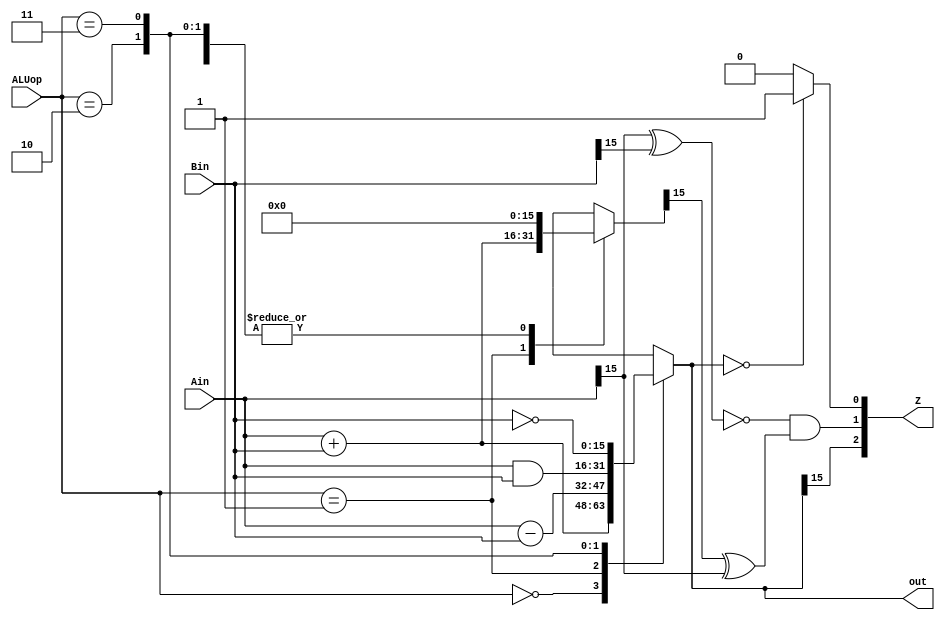
module ALU(Ain,Bin,ALUop,out,Z);
    input [15:0] Ain, Bin;
    input [1:0] ALUop;
    output [15:0] out;
    output [2:0] Z;
    
    reg [15:0] out,out1;
    // reg [2:0] Z;

    always @* begin
        case (ALUop)
            2'b00 : begin 
                out = Ain + Bin;//Addition
                
                out1 = 16'b0;
                // Z = Z;
            end
            
            2'b01 : begin
                out = Ain - Bin;
                out1 = Ain + Bin;
                
            end //Subtraction
            
            2'b10 : begin
                
                out1 = 16'b0;
                out = Ain & Bin;//ANDing
                // Z = Z;
            end
        
            2'b11 : begin 
                
                out1 = 16'b0;
                out = ~Bin; //Not Bin
                // Z = Z;
            end
            
            default: begin 
                
                out1 = 16'bx;
                out = 16'bxxxxxxxxxxxxxxxx;
                
            end
        endcase
    end
    
    assign Z[0] = (out == 16'b0)? 1 : 0;//Z checks whether output is 16'b0
    assign Z[1] = (~(Ain[15]^Bin[15]) & (out1[15]^Ain[15]));//check overflow
    assign Z[2] = out[15];//checks negative

endmodule